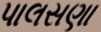
પાલસણા